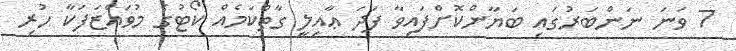
7 ވަނަ ނަންބަރުގައި ބަޔާންކޮށްފައިވާ ފަދަ ޢާއިލީ ގާތްކަމެއް ކޯޓުގެ މުވައްޒަފަކާ ހުރި